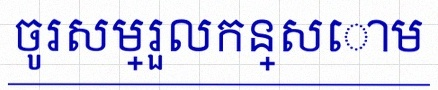
ចូរសម្រួលកន្សោម